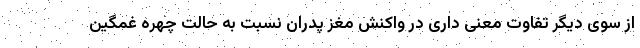
از سوی دیگر تفاوت معنی داری در واکنش مغز پدران نسبت به حالت چهره غمگین